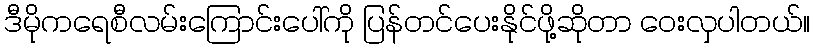
ဒီမိုကရေစီလမ်းကြောင်းပေါ်ကို ပြန်တင်ပေးနိုင်ဖို့ဆိုတာ ဝေးလှပါတယ်။